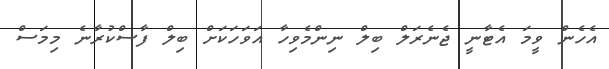
އެހެން ވީމަ އެޓާނީ ޖެނެރަލް ބިލް ނިންމެވިހާ އަވަހަކަށް ބިލް ފާސްކުރާނެ މިމަސް